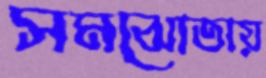
সমঝোতায়